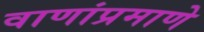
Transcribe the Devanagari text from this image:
वाणांप्रमाणे